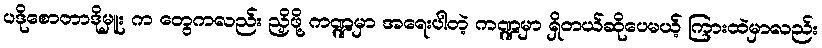
ပဒိုစောတာဒိုမှူး က တွေကလည်း ညှိဖို့ ကဏ္ဍမှာ အရေးပါတဲ့ ကဏ္ဍမှာ ရှိတယ်ဆိုပေမယ့် ကြားထဲမှာလည်း